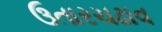
ઉતારચઢાવ